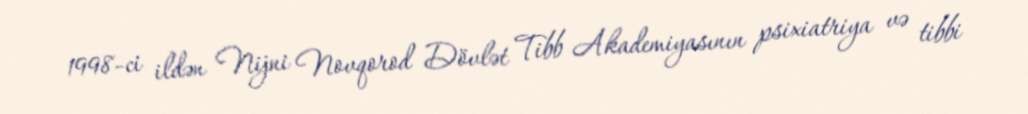
1998-ci ildən Nijni Novqorod Dövlət Tibb Akademiyasının psixiatriya və tibbi